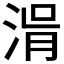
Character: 𣷢